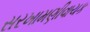
સરખામણીવાચક